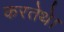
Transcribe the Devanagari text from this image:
करतेथे।